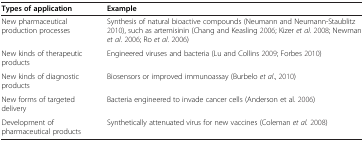
<table><thead><tr><td><b>Types of application</b></td><td><b>Example</b></td></tr></thead><tbody><tr><td>New pharmaceutical production processes</td><td>Synthesis of natural bioactive compounds (Neumann and Neumann-Staublitz 2010), such as artemisinin (Chang and Keasling 2006; Kizer <i>et al.</i>2008; Newman <i>et al.</i>2006; Ro <i>et al.</i>2006)</td></tr><tr><td>New kinds of therapeutic products</td><td>Engineered viruses and bacteria (Lu and Collins 2009; Forbes 2010)</td></tr><tr><td>New kinds of diagnostic products</td><td>Biosensors or improved immunoassay (Burbelo <i>et al</i>., 2010)</td></tr><tr><td>New forms of targeted delivery</td><td>Bacteria engineered to invade cancer cells (Anderson et al. 2006)</td></tr><tr><td>Development of pharmaceutical products</td><td>Synthetically attenuated virus for new vaccines (Coleman <i>et al.</i>2008)</td></tr></tbody></table>